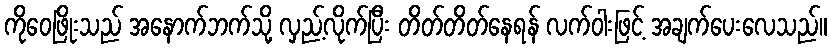
ကိုဝေဖြိုးသည် အနောက်ဘက်သို့ လှည့်လိုက်ပြီး တိတ်တိတ်နေရန် လက်ဝါးဖြင့် အချက်ပေးလေသည်။